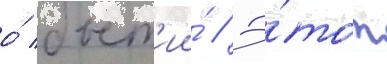
о́ быт'ии́ // Э́тот